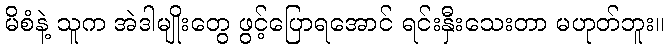
မိစံနဲ့ သူက အဲဒါမျိုးတွေ ဖွင့်ပြောရအောင် ရင်းနှီးသေးတာ မဟုတ်ဘူး။